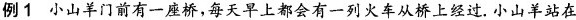
例1小山羊门前有一座桥，每天早上都会有一列火车从桥上经过。小山羊站在